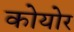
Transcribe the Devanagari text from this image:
कोयोर